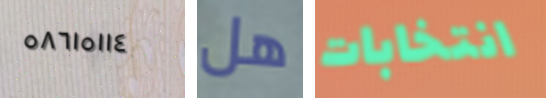
٥٨٦١٥١١٤ هل انتخابات